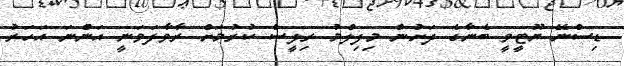
ޑިސްނޭ ޔޫޓީވީ ބެނާގެ ދަށުން މިފިލްމު ރިލީސް ކުރުމަށް ރާވާފަވަނީ އަންނަ އަހަރު